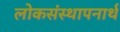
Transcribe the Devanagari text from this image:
लोकसंस्थापनार्थ